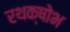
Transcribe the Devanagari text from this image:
रथक्षोभ